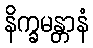
နိက္ခမန္တာနံ